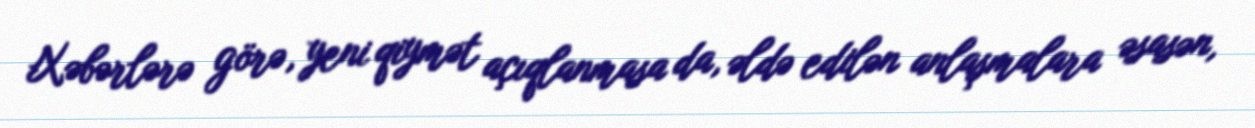
Xəbərlərə görə, yeni qiymət açıqlanmasa da, əldə edilən anlaşmalara əsasən,